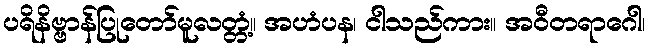
ပရိနိဗ္ဗာန်ပြုတော်မူလတ္တံ့။ အဟံပန၊ ငါသည်ကား။ အဝီတရာဂေါ၊